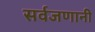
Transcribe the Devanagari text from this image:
सर्वजणानी